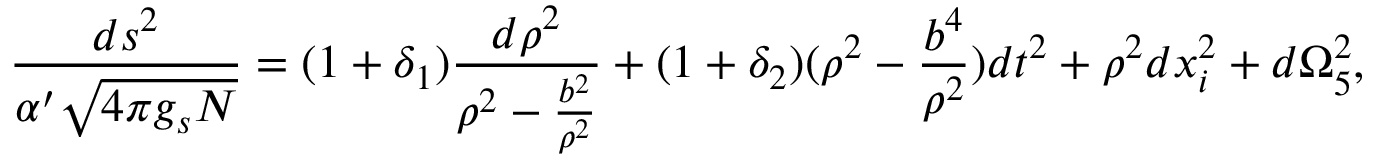
\frac { d s ^ { 2 } } { \alpha ^ { \prime } \sqrt { 4 \pi g _ { s } N } } = ( 1 + \delta _ { 1 } ) \frac { d \rho ^ { 2 } } { \rho ^ { 2 } - \frac { b ^ { 2 } } { \rho ^ { 2 } } } + ( 1 + \delta _ { 2 } ) ( \rho ^ { 2 } - \frac { b ^ { 4 } } { \rho ^ { 2 } } ) d t ^ { 2 } + \rho ^ { 2 } d x _ { i } ^ { 2 } + d \Omega _ { 5 } ^ { 2 } ,